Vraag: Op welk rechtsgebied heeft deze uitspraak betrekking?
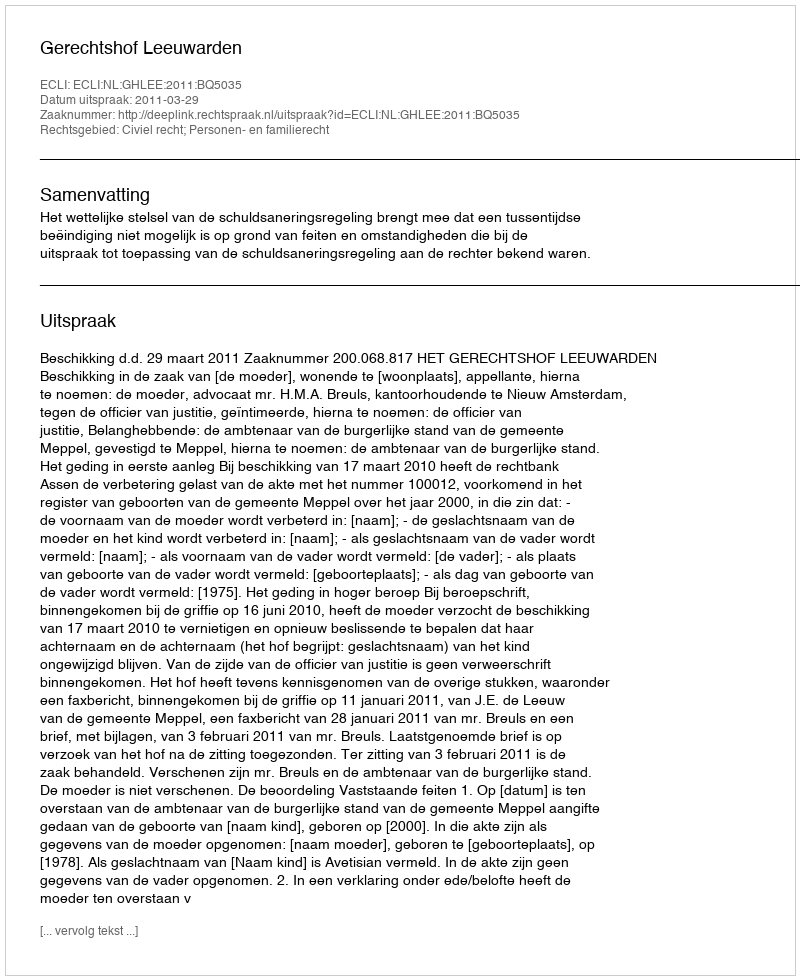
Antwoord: Civiel recht; Personen- en familierecht